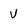
Character: V